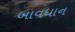
બાવધાન